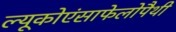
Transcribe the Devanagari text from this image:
ल्यूकोएंसाफेलोपैथी